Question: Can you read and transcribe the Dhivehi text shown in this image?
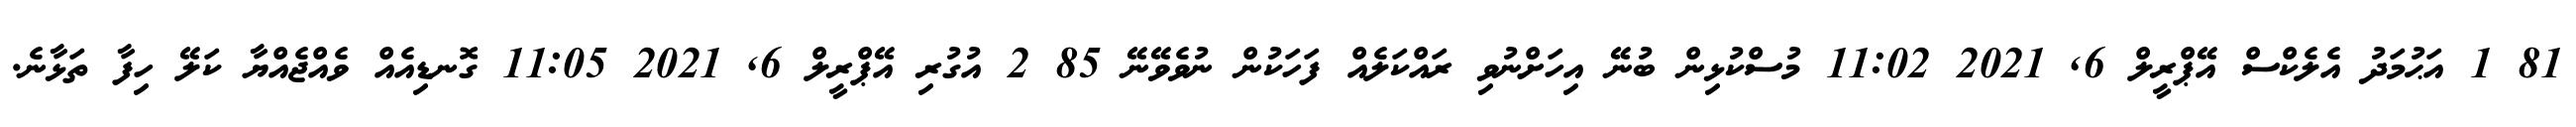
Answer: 81 1 އަޙުމަދު އެލެކްސް އޭޕްރީލް 6, 2021 11:02 މުސްކުޅިން ބުނޭ އިހަށްނުވި ރައްކަލެއް ފަހަކުން ނުވެވޭނޭ 85 2 އުގުރި އޭޕްރީލް 6, 2021 11:05 ގޮނޑިއެއް ވެއްޖެއްޔާ ކަލޭ ހިފާ ތަޅާނެ.